Problem: 2 × 3 = ?
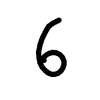
Handwritten answer: 6